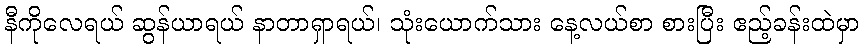
နီကိုလေရယ် ဆွန်ယာရယ် နာတာရှာရယ်၊ သုံးယောက်သား နေ့လယ်စာ စားပြီး ဧည့်ခန်းထဲမှာ